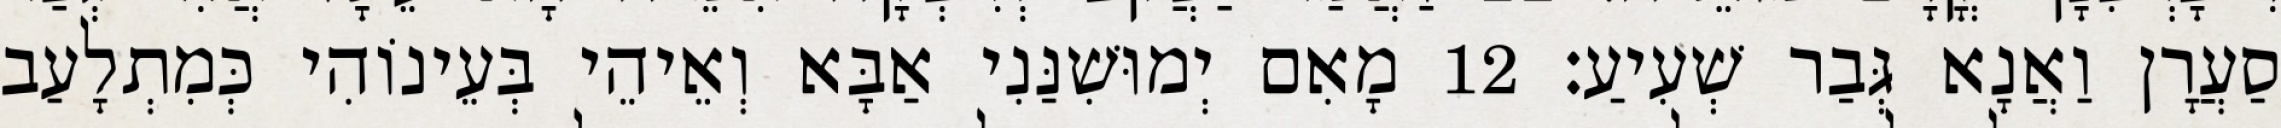
סַעֲרָן וַאֲנָא גְּבַר שְׁעִיעַ׃ 12 מָאִם יְמוּשִׁנַּנִי אַבָּא וְאֵיהֵי בְּעֵינוֹהִי כְּמִתְלָעַב